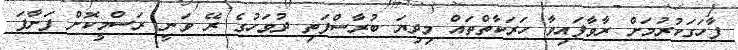
ފާހަގަކުރުމަށް ރާވާފައިވާ ހަރަކާތްތައް މިދިޔަ ބުރާސްފަތި ދުވަހުގެ ރޭ ވަނީ ރަސްމީކޮށް ފަށާފަ